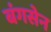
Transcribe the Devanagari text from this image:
बंगसेन